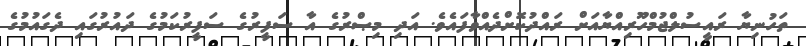
ތަހުނިޔާ ރައީސުލްޖުމްހޫރިއްޔާއަށް ރައްދުކޮށްދެއްވާފައެވެ. އަދި މިޞްރުގެ އާ ސަފީރުގެ ސަފީރުކަމުގެ ދައުރުގައި ދެގައުމުގެ